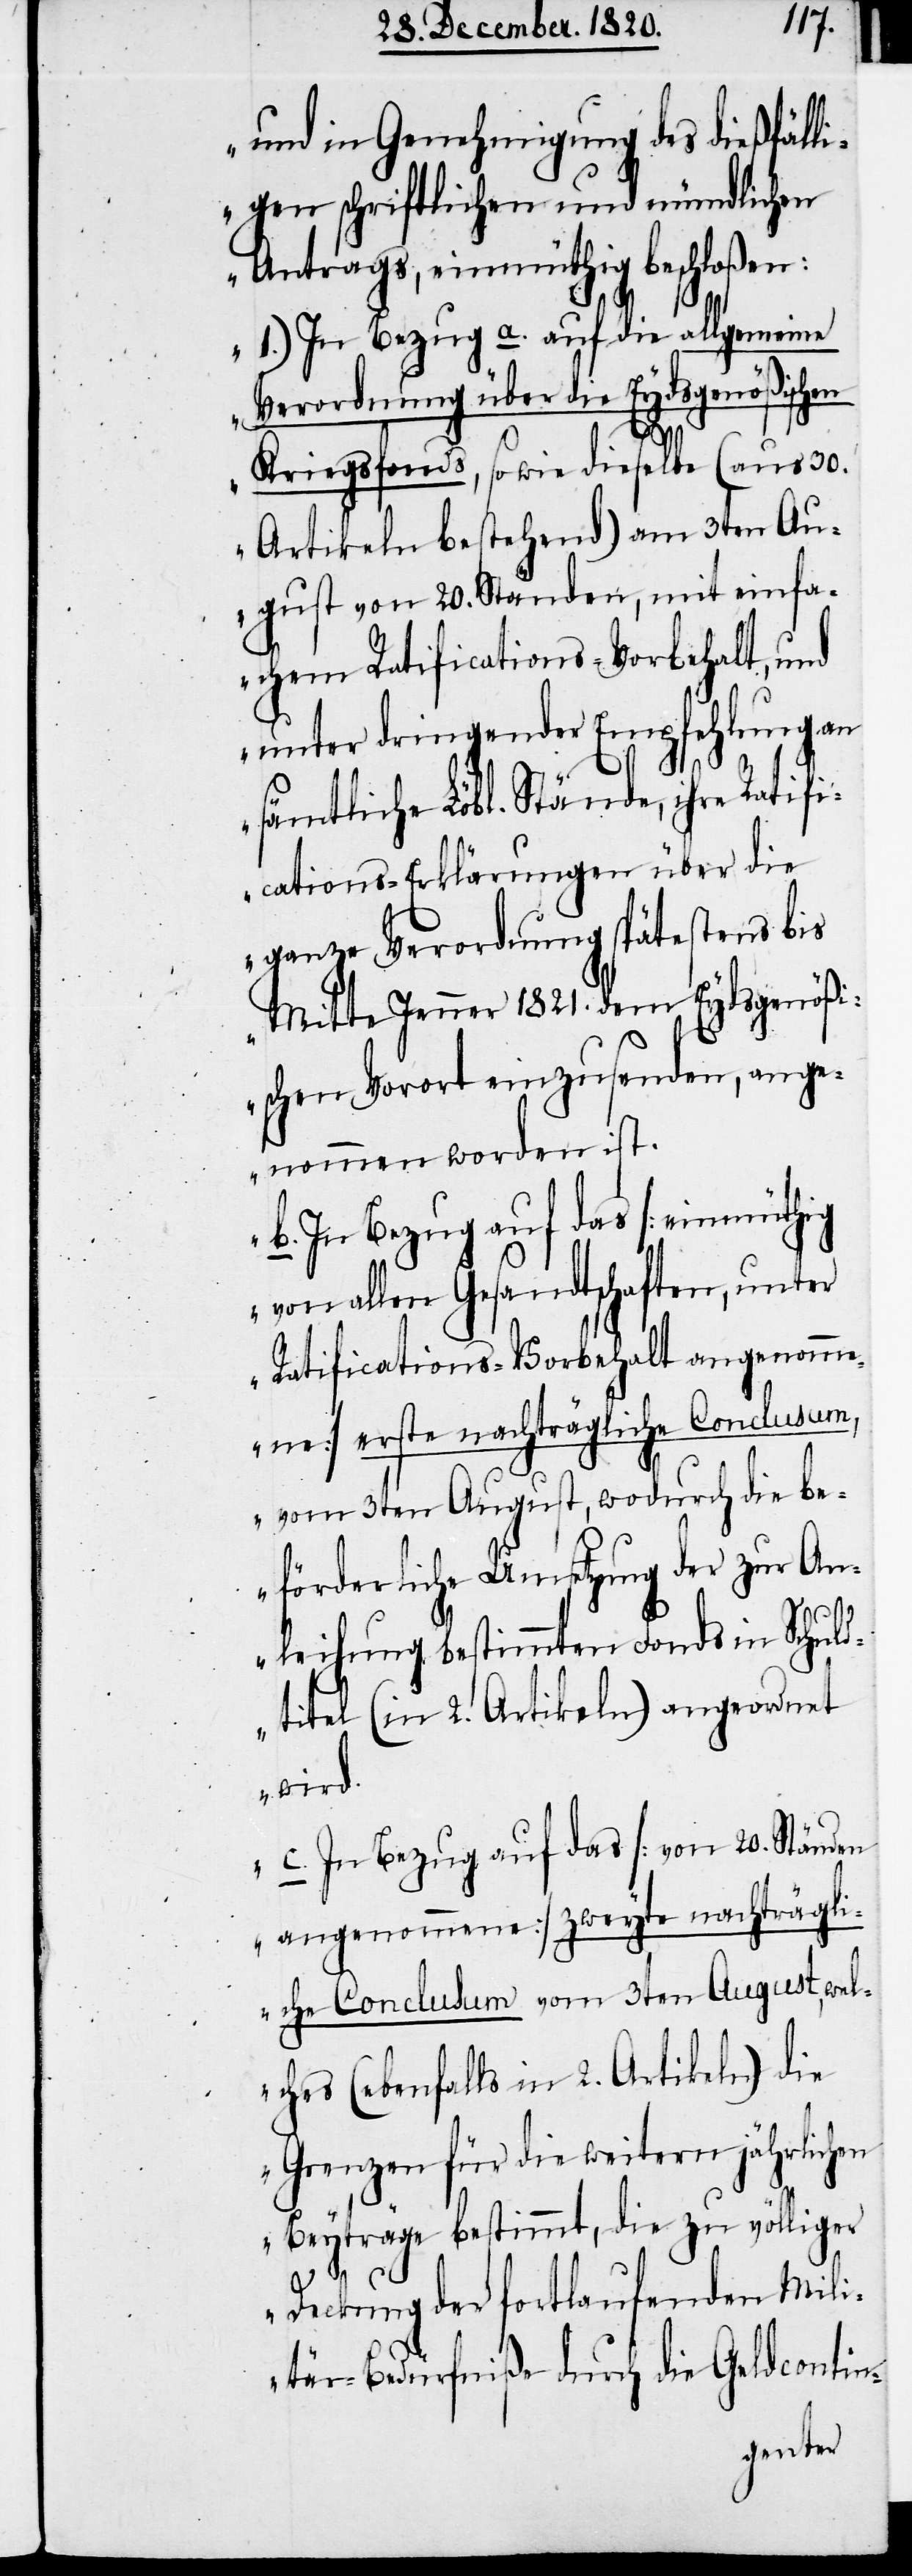
und in Genehmigung des dießfälli¬
gen schriftlichen und mündlichen
Antrags, einmüthig beschloßen:
1.) In Bezug a. auf die allgemeine
Verordnung über die Eydsgenößischen
Kriegsfonds, sowie dieselbe (aus 30.
Artikeln bestehend) am 3ten Au¬
gust von 20. Ständen, mit einfa¬
chem Ratifications-Vorbehalt, und
unter dringender Empfehlung an
sämtliche Löbl. Stände, ihre Ratifi¬
cations-Erklärungen über die
ganze Verordnung spätestens bis
Mitte Jenner 1821. dem Eydsgenößi¬
schen Vorort einzusenden, ange¬
nommen worden ist.
b. In Bezug auf das [einmüthig
von allen Gesandtschaften, unter
Ratifications-Vorbehalt angenomme¬
ne] erste nachträgliche Conclusum,
vom 3ten August, wodurch die be¬
förderliche Umsetzung der zur An¬
leihung bestimmten Fonds in Schuld¬
titel (in 2. Artikeln) angeordnet
wird.
c. In Bezug auf das [von 20. Ständen
angenommene] zweyte nachträgli¬
che Conclusum vom 3ten August, wel¬
ches (ebenfalls in 2. Artikeln) die
Grenzen für die weitern jährlichen
Beyträge bestimmt, die zu völliger
Deckung der fortlaufenden Mili¬
tär-Bedürfniße durch die Geldcontin-